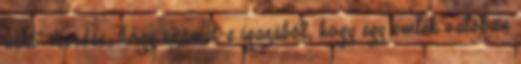
neki” Kérdés, hogy számít-e igazából, hogy egy emlék valóban